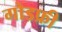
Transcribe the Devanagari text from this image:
गोडफ्री